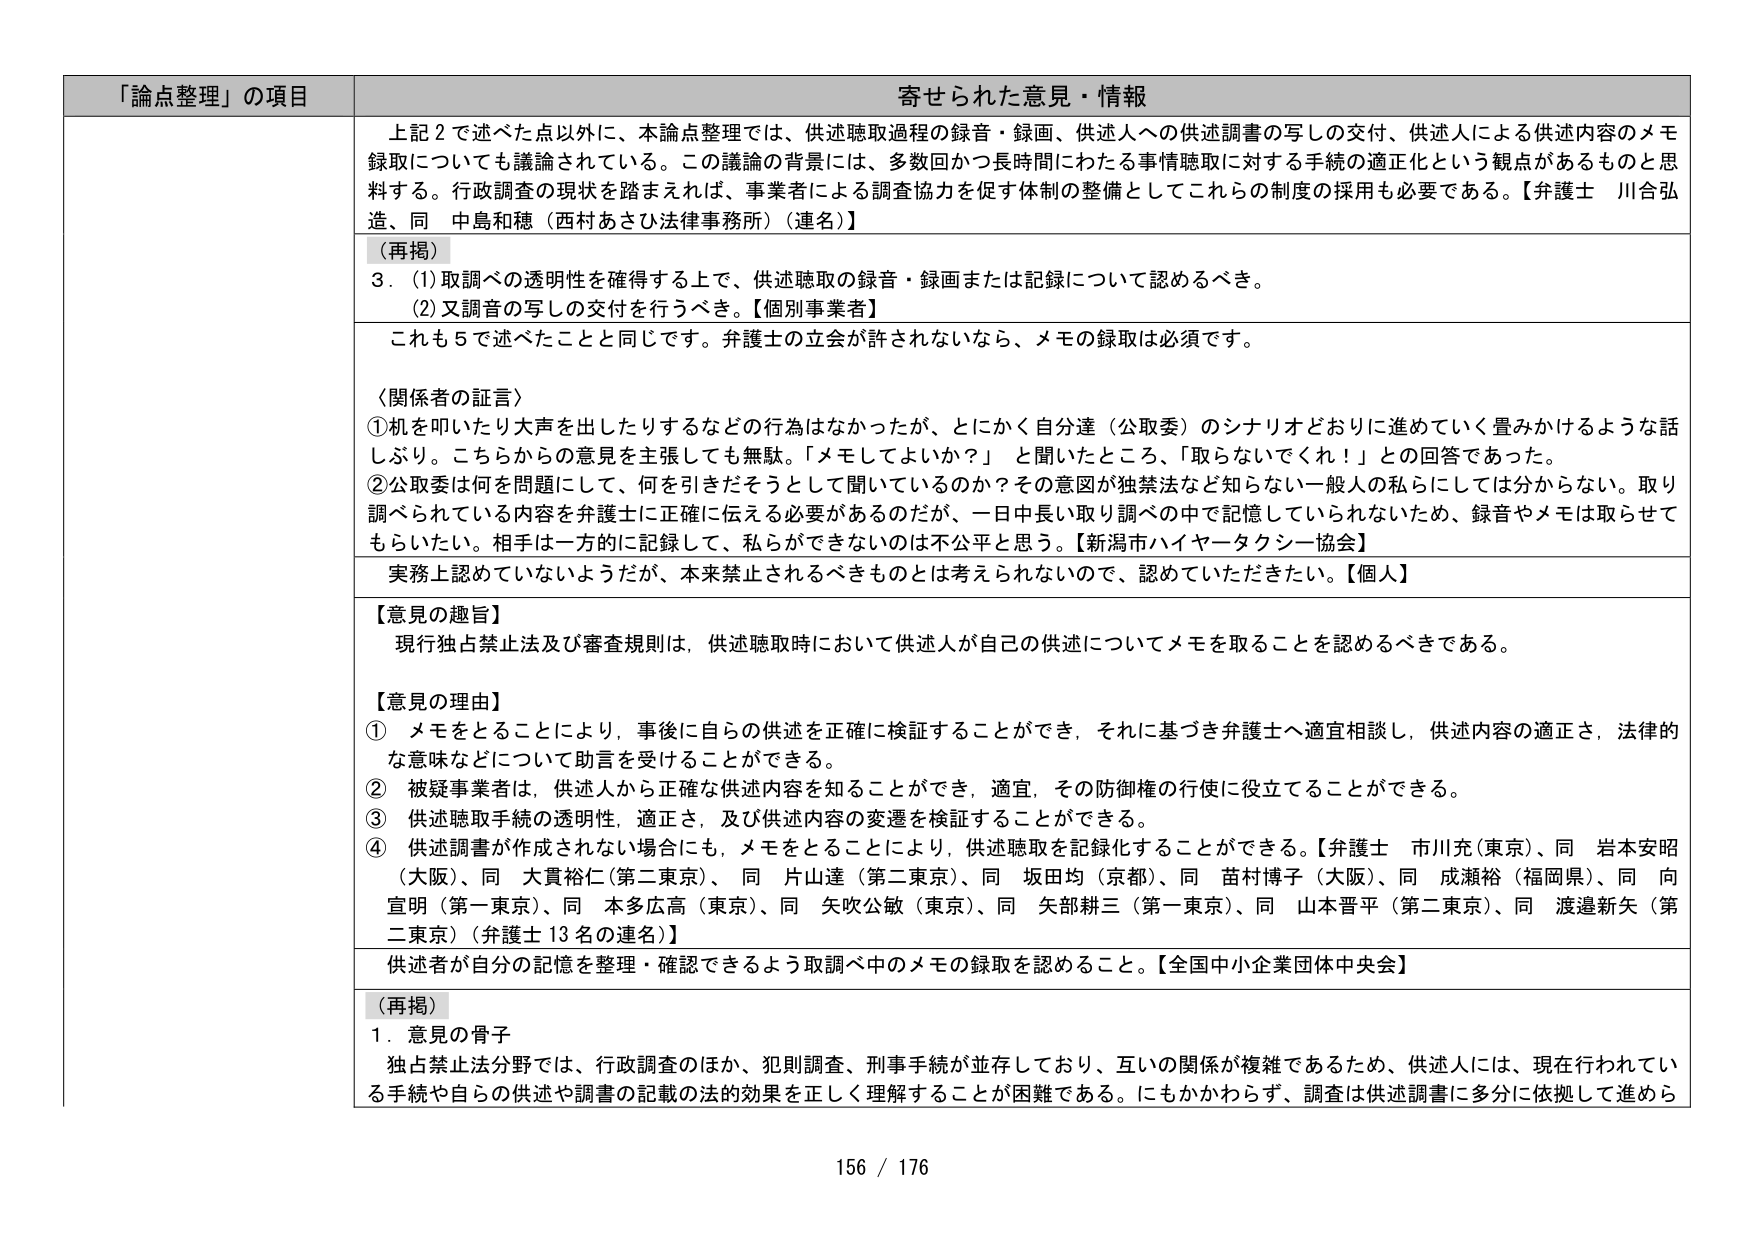
「論点整理」の項目 寄せられた意見・情報

上記２で述べた点以外に、本論点整理では、供述聴取過程の録音・録画、供述人への供述調書の写しの交付、供述人による供述内容のメモ録取についても議論されている。この議論の背景には、多数回かつ長時間にわたる事情聴取に対する手続の適正化という観点があるものと思料する。行政調査の現状を踏まえれば、事業者による調査協力を促す体制の整備としてこれらの制度の採用も必要である。【弁護士 川合弘造、同 中島和穂（西村あさひ法律事務所）（連名）】

（再掲）
３．（1）取調べの透明性を確保する上で、供述聴取の録音・録画または記録について認めるべき。
（2）又録音の写しの交付を行うべき。【個別事業者】

これも５で述べたことと同じです。弁護士の立会が許されないなら、メモの録取は必須です。

〈関係者の証言〉
①机を叩いたり大声を出したりするなどの行為はなかったが、とにかく自分達（公取委）のシナリオどおりに進めていく置みかけるような話しぶり。こちらからの意見を主張しても無駄。「メモしてよいか？」と聞いたところ、「取らないでくれ！」との回答であった。
②公取委は何を問題にして、何を引きだそうとして聞いているのか？その意図が独禁法など知らない一般人の私にしては分からない。取り調べられている内容を弁護士に正確に伝える必要があるのだが、一日中長い取り調べの中で記憶していられないため、録音やメモは取らせてもらいたい。相手は一方的に記録して、私らができないのは不公平と思う。【新潟市ハイヤータクシー協会】

実務上認めていないようだが、本来禁止されるべきものとは考えられないので、認めていただきたい。【個人】

【意見の趣旨】
現行独占禁止法及び審査規則は、供述聴取時において供述人が自分の供述についてメモを取ることを認めるべきである。

【意見の理由】
① メモをとることにより、事後に自らの供述を正確に検証することができ、それに基づき弁護士へ適宜相談し、供述内容の適正さ、法律的な意味などについて助言を受けることができる。
② 被疑事業者は、供述人から正確な供述内容を知ることができ、適宜、その防御権の行使に役立てることができる。
③ 供述聴取手続の透明性、適正さ、及び供述内容の変遷を検証することができる。
④ 供述調書が作成されない場合にも、メモをとることにより、供述聴取を記録化することができる。【弁護士 市川充（東京）、同 岩本安昭（大阪）、同 大貫裕仁（第二東京）、同 片山達（第二東京）、同 坂田均（京都）、同 苗村博子（大阪）、同 成瀬裕（福岡県）、同 向宣明（第一東京）、同 本多広高（東京）、同 矢吹公敏（東京）、同 矢部耕三（第一東京）、同 山本晋平（第二東京）、同 渡邉新矢（第二東京）（弁護士13名の連名）】

供述者が自分の記憶を整理・確認できるよう取調べ中のメモの録取を認めること。【全国中小企業団体中央会】

（再掲）
１．意見の骨子
独占禁止法分野では、行政調査のほか、犯則調査、刑事手続が並存しており、互いの関係が複雑であるため、供述人には、現在行われている手続や自らの供述や調書の記載の法的効果を正しく理解することが困難である。にもかかわらず、調査は供述調書に多分に依拠して進めら

156 / 176